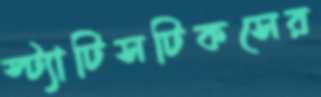
স্ট্যাটিসটিকসের